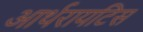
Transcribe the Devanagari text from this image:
आर्थरायटिस